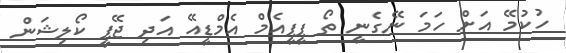
ހުކުމޭ އަށް ހަމަ ނޭގެނީ ތޯ ޕީޕީއެމް އެމްޑީއޭ އަދި ޖޭޕީ ކޯލިޝަން